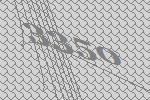
3350